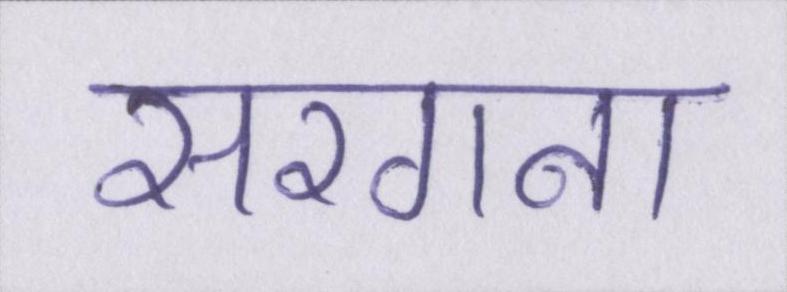
सरगना